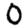
Digit: 0